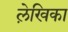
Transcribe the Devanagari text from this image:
ले़खिका